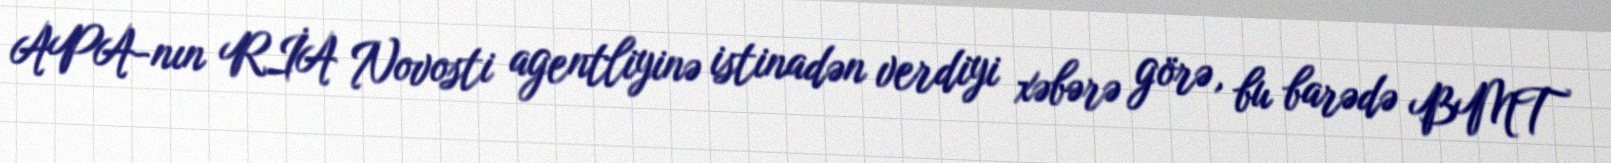
APA-nın RİA Novosti agentliyinə istinadən verdiyi xəbərə görə, bu barədə BMT